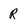
Character: R